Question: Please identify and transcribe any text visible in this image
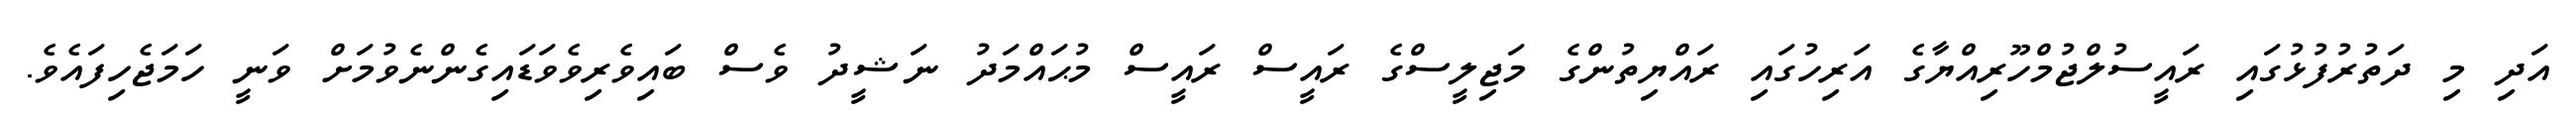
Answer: އަދި މި ދަތުރުފުޅުގައި ރައީސުލްޖުމްހޫރިއްޔާގެ އަރިހުގައި ރައްޔިތުންގެ މަޖިލީސްގެ ރައީސް ރައީސް މުޙައްމަދު ނަޝީދު ވެސް ބައިވެރިވެވަޑައިގެންނެވުމަށް ވަނީ ހަމަޖެހިފައެވެ.